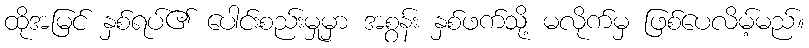
ထိုအမြင် နှစ်ရပ်၏ ပေါင်းစည်းမှုမှာ အစွန်း နှစ်ဖက်သို့ မလိုက်မှ ဖြစ်ပေလိမ့်မည်။